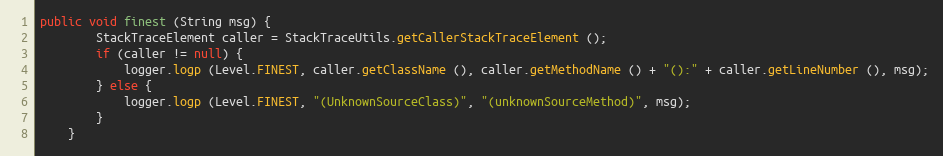
Language: Java
public void finest (String msg) {
		StackTraceElement caller = StackTraceUtils.getCallerStackTraceElement ();
		if (caller != null) {
			logger.logp (Level.FINEST, caller.getClassName (), caller.getMethodName () + "():" + caller.getLineNumber (), msg);
		} else {
			logger.logp (Level.FINEST, "(UnknownSourceClass)", "(unknownSourceMethod)", msg);
		}
	}